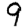
Digit: 9